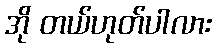
အို တယ်ဟုတ်ပါလား